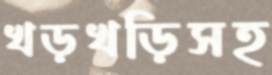
খড়খড়িসহ